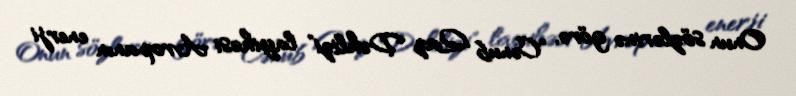
Onun sözlərinə görə, "Cənub Qaz Dəhlizi" layihəsi Avropanın enerji